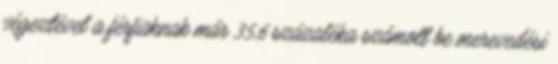
végeztével a férfiaknak már 35,6 százaléka számolt be merevedési